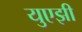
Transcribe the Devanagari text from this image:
युएझी